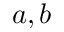
a , b